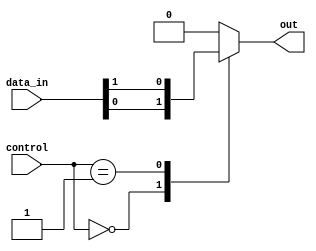
module multiplexer_128_1 (
    input [127:0] data_in,
    input [6:0] control,
    output reg out
);

always @(*)
begin
    case (control)
        7'b0000000: out = data_in[0];
        7'b0000001: out = data_in[1];
        // Add remaining cases for all 128 input signals
        // For simplicity, only first 2 cases are shown here
        default: out = 1'b0; // Default case if control signals do not match any input
    endcase
end

endmodule